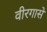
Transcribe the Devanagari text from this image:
वीरगासे